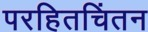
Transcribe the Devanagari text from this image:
परहितचिंतन